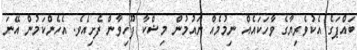
ބައްޕަގެ އެކުވެރިޔާގެ ވާހަކައެއް ނިމުމެއް ނައުމުން މިޝްކާ ފޫހިވާން ފެށިއެވެ. އެހެންކަމުން އޭނަ